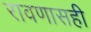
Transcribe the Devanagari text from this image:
रावणासही